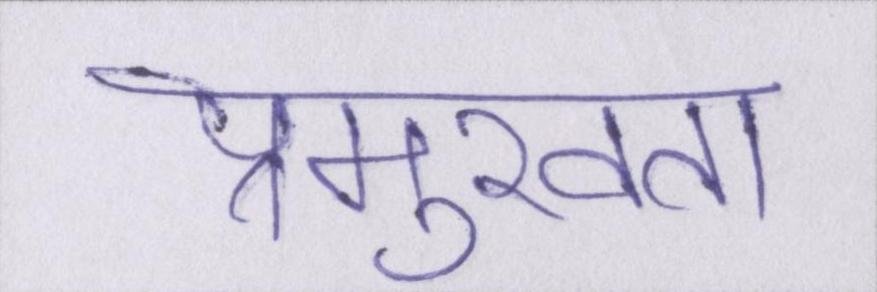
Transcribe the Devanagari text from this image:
प्रमुखता